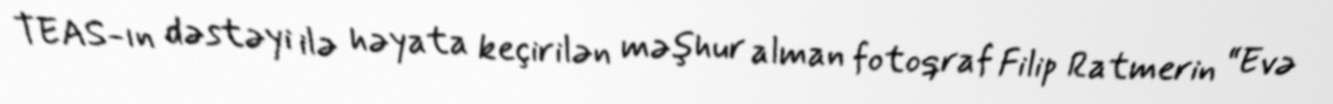
TEAS-ın dəstəyi ilə həyata keçirilən məşhur alman fotoqraf Filip Ratmerin “Evə